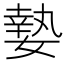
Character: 𡠗